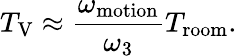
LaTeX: T_{\mathrm{V}}\approx\frac{\omega_{\mathrm{motion}}}{\omega_{3}}T_{\mathrm{room}}.